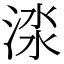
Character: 渁